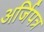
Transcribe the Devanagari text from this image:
अर्जिपत्र